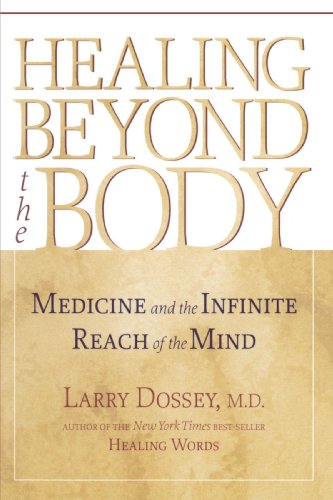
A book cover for Healing Beyond the Body: Medicine and the Infinite Reach of the Mind; Larry Dossey; Medical Books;